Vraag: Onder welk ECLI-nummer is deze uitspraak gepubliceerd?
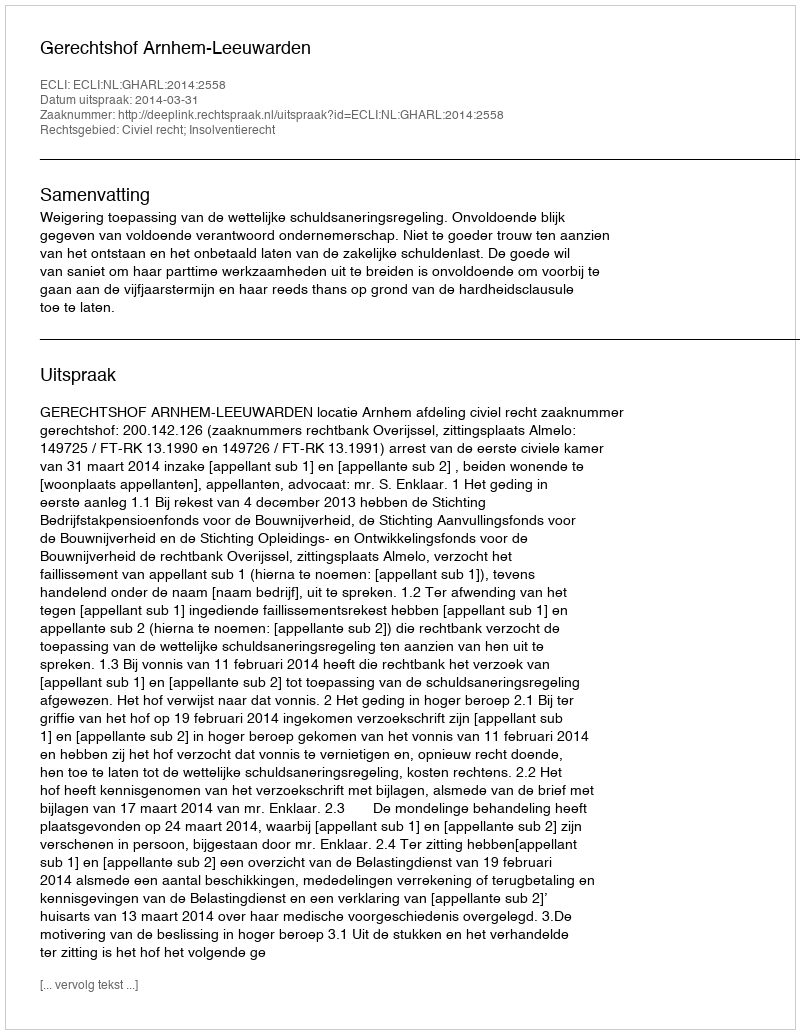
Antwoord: ECLI:NL:GHARL:2014:2558